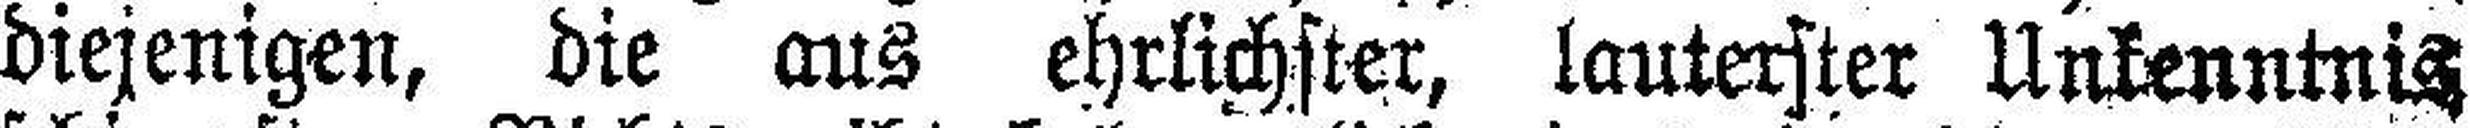
diejenigen, die aus ehrlichster, lauterster Unkenntnis